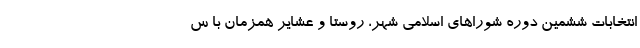
انتخابات ششمین دوره شوراهای اسلامی شهر، روستا و عشایر همزمان با س